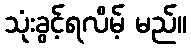
သုံးခွင့်ရလိမ့် မည်။